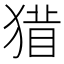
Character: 𱮓